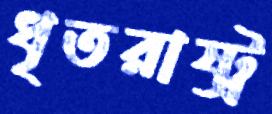
ধৃতরাষ্ট্র